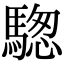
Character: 騘